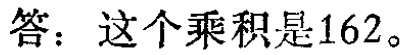
答：这个乘积是$162$。